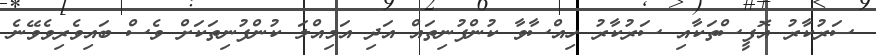
ސަރުކާރު އޮފީސްތަކާއި ސަރުކާރު ހިއްސާވާ ކުންފުނިތައް އަދި އަމިއްލަ ކުންފުނިތަކަށް ވެސް ބައިވެރިވެވޭނެ